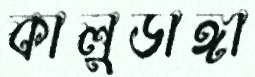
কালুডাঙ্গা